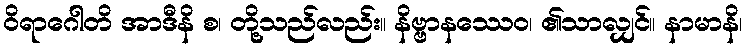
ဝိရာဂေါတိ အာဒီနိ စ၊ တို့သည်လည်း။ နိဗ္ဗာနဿေဝ၊ ၏သာလျှင်။ နာမာနိ၊